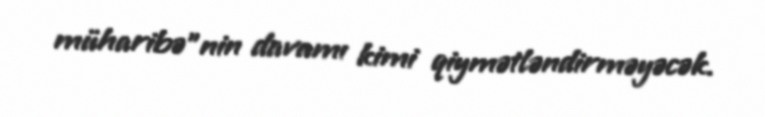
müharibə”nin davamı kimi qiymətləndirməyəcək.